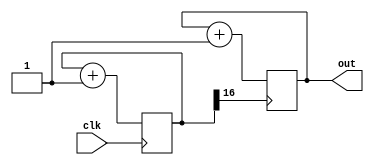
`timescale 1ns / 1ps
//////////////////////////////////////////////////////////////////////////////////
// Company: 
// Engineer: 
// 
// Design Name: 
// Module Name: dispClk
// Project Name: 
// Target Devices: 
// Tool Versions: 
// Description: 
// 
// Dependencies: 
// 
// Revision:
// Revision 0.01 - File Created
// Additional Comments:
// 
//////////////////////////////////////////////////////////////////////////////////


module dispClk(
    input clk,
    output reg [1:0] out
);

reg [16:0] counterout;
always @(posedge(clk))
begin
     if (clk) counterout <= counterout + 1;
end

always @ (posedge(counterout[16]))
begin
     out <= out + 1;
end

endmodule